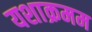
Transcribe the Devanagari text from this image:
यशाक्रमम